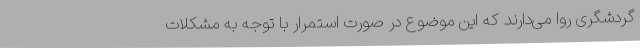
گردشگری روا می‌دارند که این موضوع در صورت استمرار با توجه به مشکلات